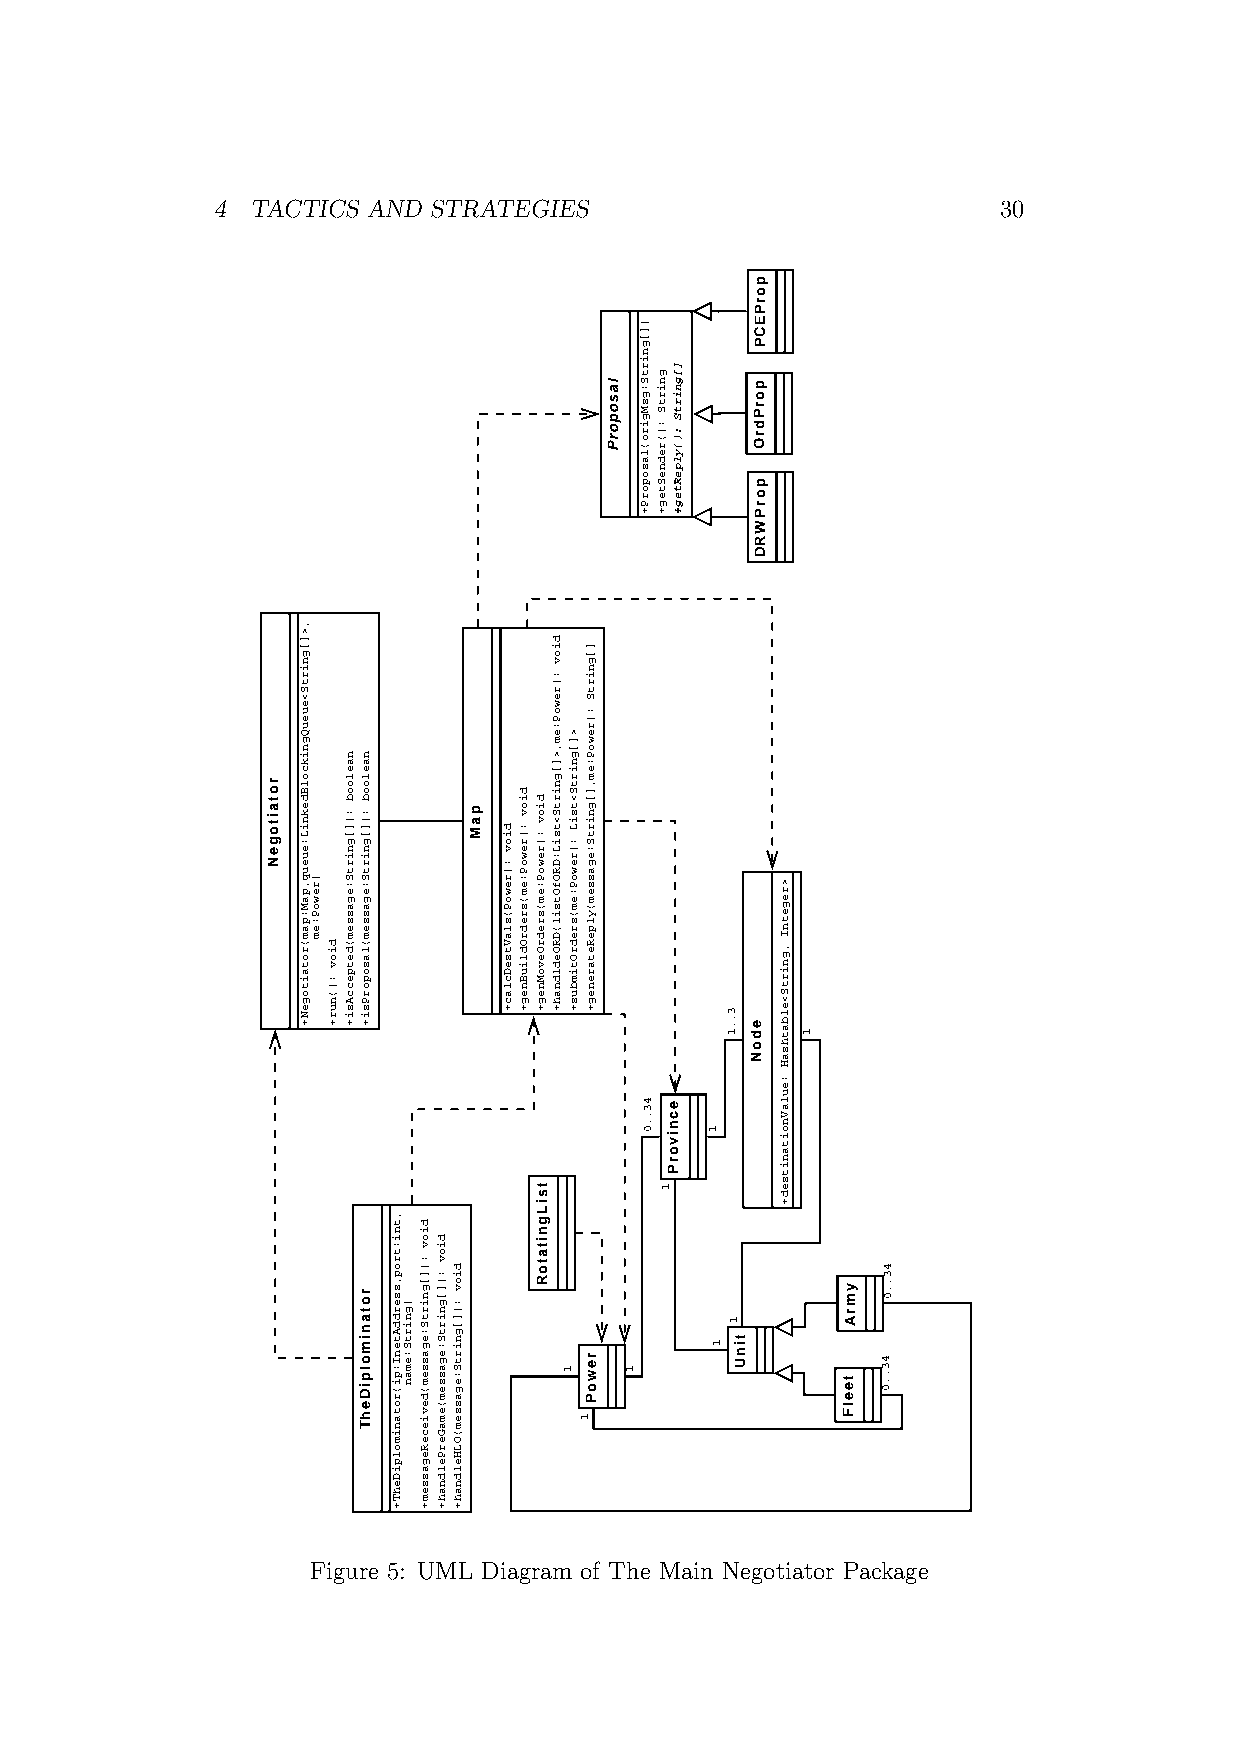
4  TACTICS AND STRATEGIES                           30
 Figure 5: UML Diagram of The Main Negotiator Package
 rotaitogeN
 ,>][gnirtS<eueuQgnikcolBdekniL:eueuq,paM:pam(rotaitogeN+
 )rewoP:em
 diov
 :)(nur+
 naeloob
 :)][gnirtS:egassem(detpeccAsi+
 naeloob
 :)][gnirtS:egassem(lasoporPsi+
 rotanimolpiDehT
 ,tni:trop,sserddAtenI:pi(rotanimolpiDehT+
 )gnirtS:eman
 diov
 :)][gnirtS:egassem(devieceRegassem+
 diov
 :)][gnirtS:egassem(emaGerPeldnah+
 diov
 :)][gnirtS:egassem(OLHeldnah+
 paM
 diov
 :)rewoP(slaVtseDclac+
 diov
 :)rewoP:em(sredrOdliuBneg+
 diov
 :)rewoP:em(sredrOevoMneg+
 tsiLgnitatoR
 diov
 :)rewoP:em,>][gnirtS<tsiL:DROfOtsil(DROedldnah+
 >][gnirtS<tsiL
 :)rewoP:em(sredrOtimbus+
 1
 ][gnirtS
 :)rewoP:em,][gnirtS:egassem(ylpeRetareneg+
 rewoP
 1
 lasoporP
 1
 )][gnirtS:gsMgiro(lasoporP+
 43..0
 gnirtS
 :)(redneSteg+
 1
 ][gnirtS
 :)(ylpeRteg+
 ecnivorP
 1
 1
 3..1
 1
 tinU
 porPECP
 porPdrO
 porPWRD
 edoN
 >regetnI
 ,gnirtS<elbathsaH
 :eulaVnoitanitsed+
 1
 ymrA
 teelF
 43..0
 43..0